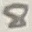
Text: 8